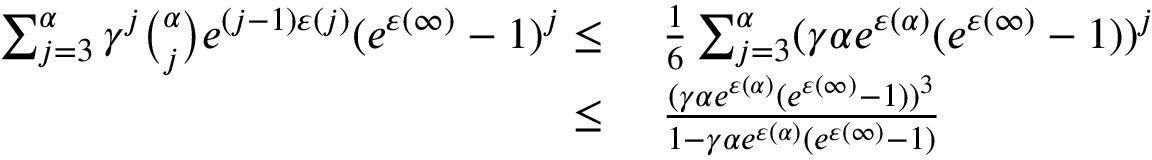
\begin{array} { r l } { \sum _ { j = 3 } ^ { \alpha } \gamma ^ { j } \binom { \alpha } { j } e ^ { ( j - 1 ) \varepsilon ( j ) } ( e ^ { \varepsilon ( \infty ) } - 1 ) ^ { j } \leq } & { \ \frac { 1 } { 6 } \sum _ { j = 3 } ^ { \alpha } ( \gamma \alpha e ^ { \varepsilon ( \alpha ) } ( e ^ { \varepsilon ( \infty ) } - 1 ) ) ^ { j } } \\ { \leq } & { \ \frac { ( \gamma \alpha e ^ { \varepsilon ( \alpha ) } ( e ^ { \varepsilon ( \infty ) } - 1 ) ) ^ { 3 } } { 1 - \gamma \alpha e ^ { \varepsilon ( \alpha ) } ( e ^ { \varepsilon ( \infty ) } - 1 ) } } \end{array}